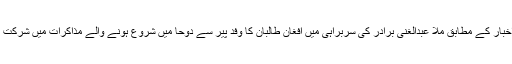
امریکی اخبار کے مطابق ملا عبدالغنی برادر کی سربراہی میں افغان طالبان کا وفد پیر سے دوحا میں شروع ہونے والے مذاکرات میں شرکت کرے گا۔